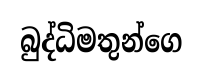
බුද්ධිමතුන්ගෙ